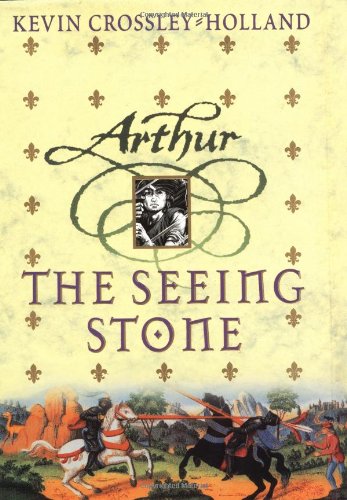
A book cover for The Seeing Stone (Arthur Trilogy); Kevin Crossley-Holland; Teen & Young Adult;